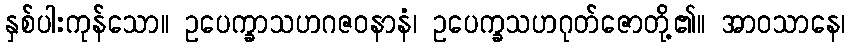
နှစ်ပါးကုန်သော။ ဥပေက္ခာသဟဂဇဝနာနံ၊ ဥပေက္ခသဟဂုတ်ဇောတို့၏။ အာဝသာနေ၊